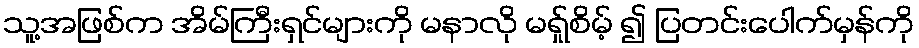
သူ့အဖြစ်က အိမ်ကြီးရှင်များကို မနာလို မရ်ှုစိမ့် ၍ ပြတင်းပေါက်မှန်ကို